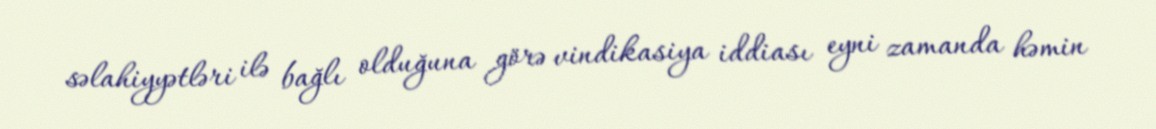
səlahiyyətləri ilə bağlı olduğuna görə vindikasiya iddiası eyni zamanda həmin